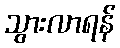
သွားလာရန်